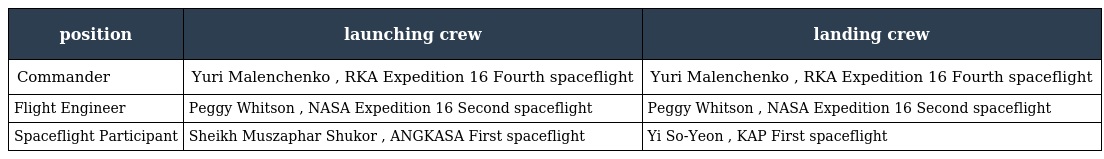
| position | launching crew | landing crew |
 | --- | --- | --- |
 | Commander | Yuri Malenchenko , RKA Expedition 16 Fourth spaceflight | Yuri Malenchenko , RKA Expedition 16 Fourth spaceflight |
 | Flight Engineer | Peggy Whitson , NASA Expedition 16 Second spaceflight | Peggy Whitson , NASA Expedition 16 Second spaceflight |
 | Spaceflight Participant | Sheikh Muszaphar Shukor , ANGKASA First spaceflight | Yi So-Yeon , KAP First spaceflight |